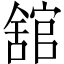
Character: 舘